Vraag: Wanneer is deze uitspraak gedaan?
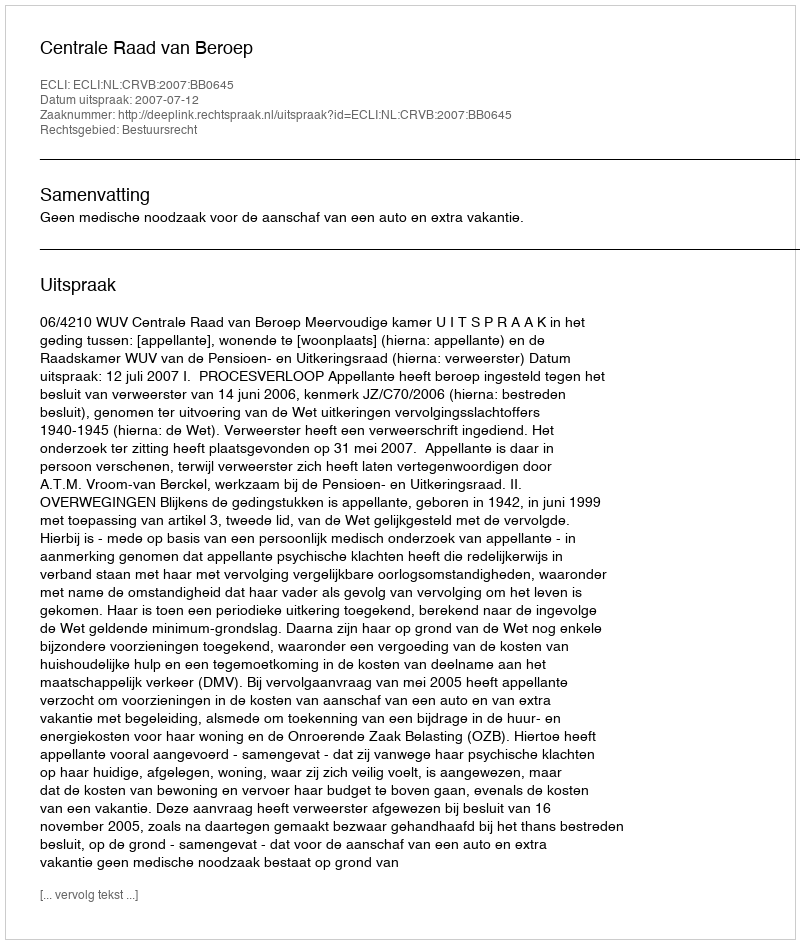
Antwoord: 2007-07-12